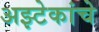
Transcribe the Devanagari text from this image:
अझ्टेकांचे